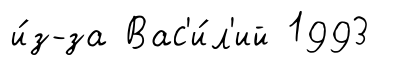
и́з-за Вас'и́л'ий 1993